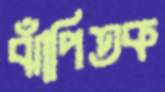
ঝাঁপিতক